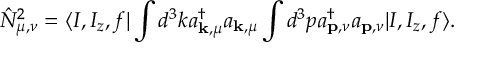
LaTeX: \hat { N } _ { \mu , \nu } ^ { 2 } = \langle I , I _ { z } , f | \int d ^ { 3 } k a _ { { \bf k } , \mu } ^ { \dagger } a _ { { \bf k } , \mu } \int d ^ { 3 } p a _ { { \bf p } , \nu } ^ { \dagger } a _ { { \bf p } , \nu } | I , I _ { z } , f \rangle .